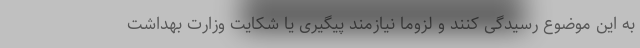
به این موضوع رسیدگی کنند و لزوما نیازمند پیگیری یا شکایت وزارت بهداشت